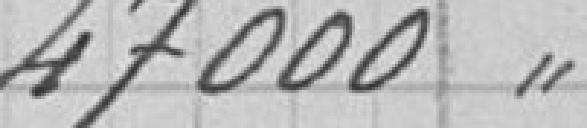
47000